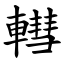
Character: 轊